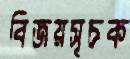
বিজয়সূচক